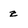
Character: z